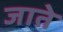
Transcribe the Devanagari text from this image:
जातेे